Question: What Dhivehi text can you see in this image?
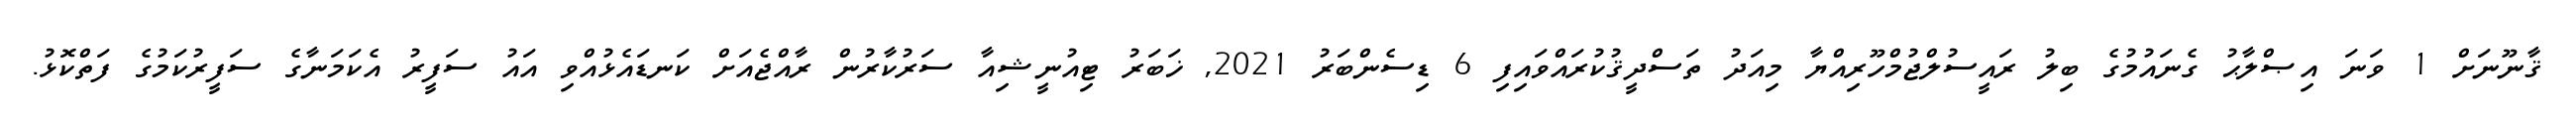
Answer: ޤާނޫނަށް 1 ވަނަ އިޞްލާޙު ގެނައުމުގެ ބިލު ރައީސުލްޖުމްހޫރިއްޔާ މިއަދު ތަސްދީޤުކުރައްވައިފި 6 ޑިސެންބަރު 2021, ޚަބަރު ޓިއުނީޝިއާ ސަރުކާރުން ރާއްޖެއަށް ކަނޑައެޅުއްވި އައު ސަފީރު އެކަމަނާގެ ސަފީރުކަމުގެ ފަތްކޮޅު.